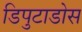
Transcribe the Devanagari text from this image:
डिपुटाडोस